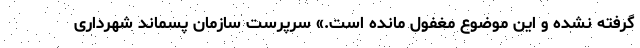
گرفته نشده و این موضوع مغفول مانده است.» سرپرست سازمان پسماند شهرداری